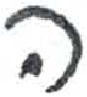
אות: ה